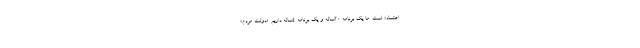
اعتماد» است. ما یک برنامه ۲۰ساله و یک برنامه ۴ساله داریم. «دولت مردم»